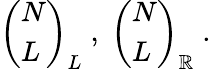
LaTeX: \left(\begin{array}{l}{{N}}\\ {{L}}\end{array}\right)_{L}\; ,\; \left(\begin{array}{l}{{N}}\\ {{L}}\end{array}\right)_{\mathbb{R}}\; .